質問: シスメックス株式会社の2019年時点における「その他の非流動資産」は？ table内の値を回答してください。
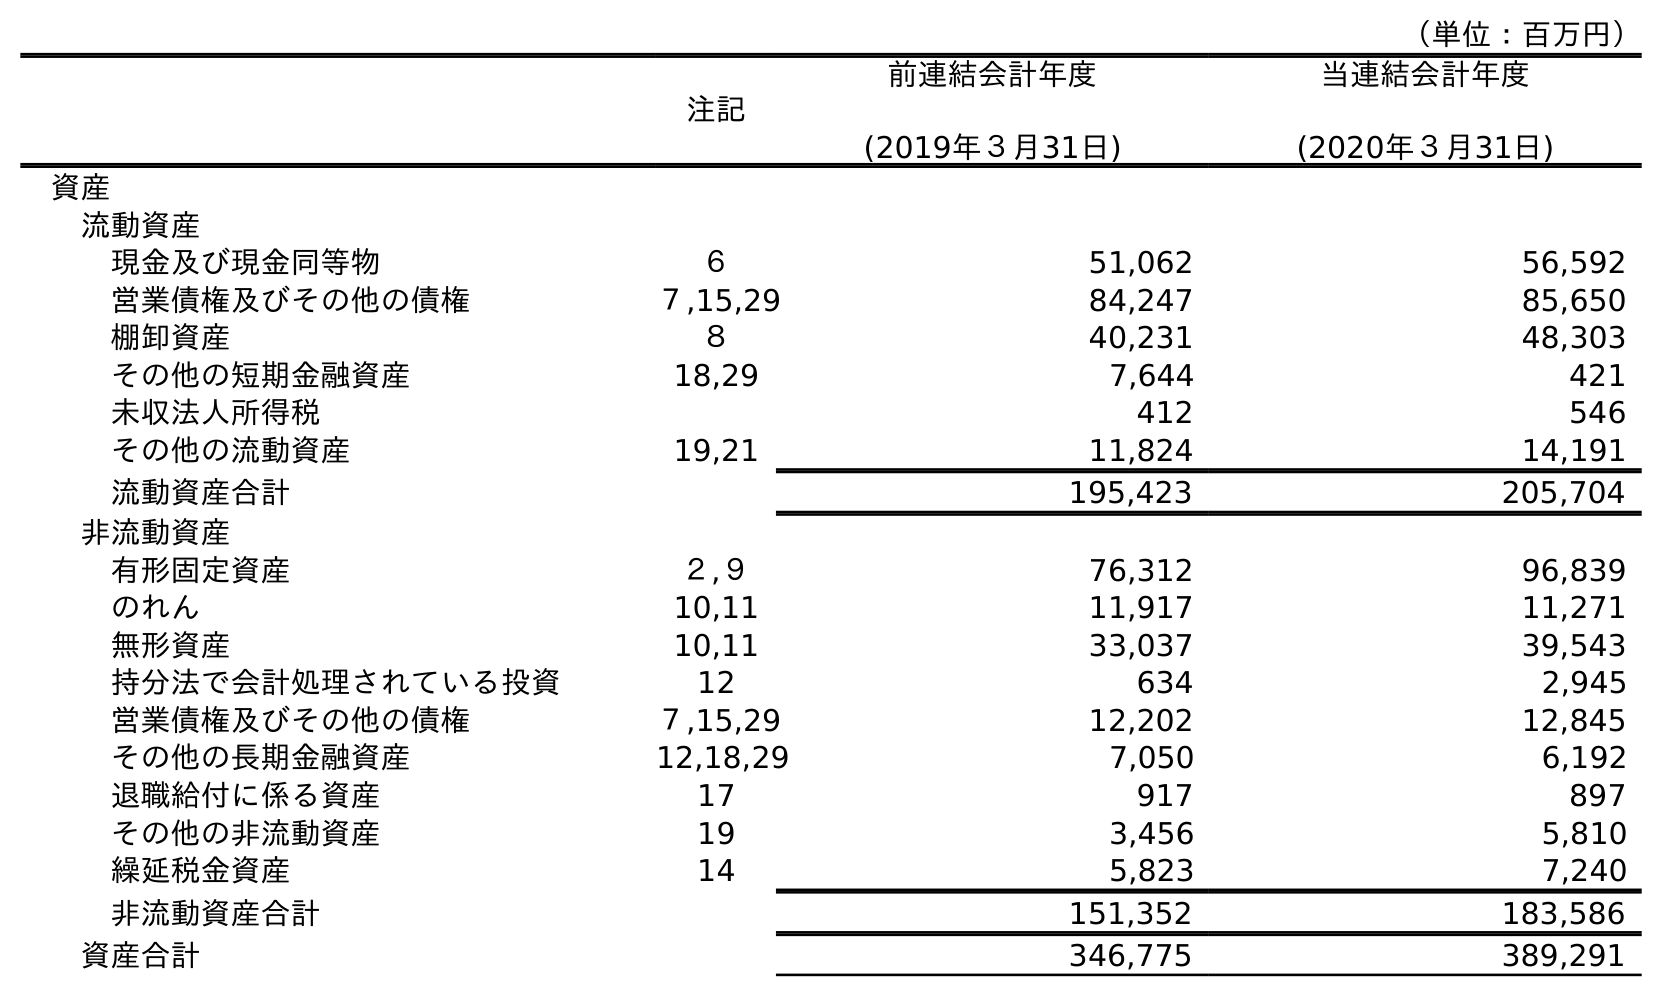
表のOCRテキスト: （単位：百万円） 注記 前連結会計年度 (2019年３月31日) 当連結会計年度 (2020年３月31日) 資産 流動資産 現金及び現金同等物 ６ 51,062 56,592 営業債権及びその他の債権 ７,15,29 84,247 85,650 棚卸資産 ８ 40,231 48,303 その他の短期金融資産 18,29 7,644 421 未収法人所得税 412 546 その他の流動資産 19,21 11,824 14,191 流動資産合計 195,423 205,704 非流動資産 有形固定資産 ２,９ 76,312 96,839 のれん 10,11 11,917 11,271 無形資産 10,11 33,037 39,543 持分法で会計処理されている投資 12 634 2,945 営業債権及びその他の債権 ７,15,29 12,202 12,845 その他の長期金融資産 12,18,29 7,050 6,192 退職給付に係る資産 17 917 897 その他の非流動資産 19 3,456 5,810 繰延税金資産 14 5,823 7,240 非流動資産合計 151,352 183,586 資産合計 346,775 389,291
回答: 3,456